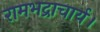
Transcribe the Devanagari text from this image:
रामभद्राचार्य।